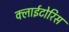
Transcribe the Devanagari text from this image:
क्लाईटोरिस